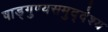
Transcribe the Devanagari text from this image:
षाड्गुण्यसमुद्देश्य